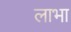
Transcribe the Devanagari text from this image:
लाभा